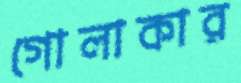
গোলাকার